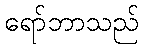
ရော်ဘာသည်